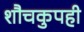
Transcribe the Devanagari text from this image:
शौचकुपही